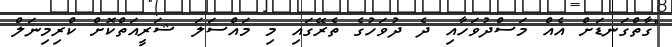
"ގާތްގަނޑަށް އެއް މަސްދުވަހާއި ދެ ދުވަހުގެ ތެރޭގައި މި މައްސަލަ ޝަރީއަތްކޮށް ކްރިމިނަލް